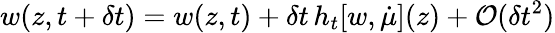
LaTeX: w(z,t+\delta t)=w(z,t)+\delta t\, h_{t}[w,\dot{\mu}](z)+\mathcal{O}(\delta t^{2})